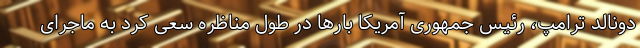
دونالد ترامپ، رئیس جمهوری آمریکا بارها در طول مناظره سعی کرد به ماجرای